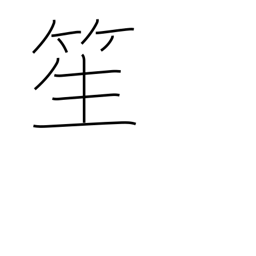
Meaning: a reed instrument